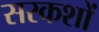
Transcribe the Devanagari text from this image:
सरकशों